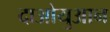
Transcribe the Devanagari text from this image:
दाओयुआन